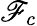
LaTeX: \mathscr{F}_{c}